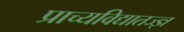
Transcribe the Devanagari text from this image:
प्राच्यविद्यातज्‍ज्ञ